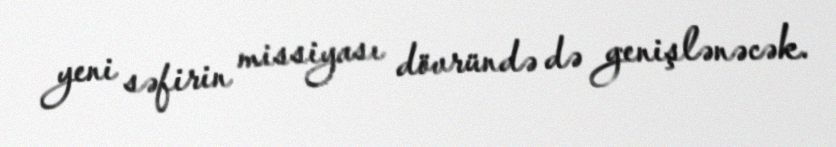
yeni səfirin missiyası dövründə də genişlənəcək.